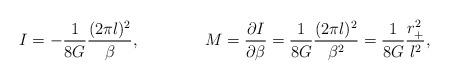
LaTeX: \begin{align*}I = - {1\over 8G} {(2\pi l)^2\over\beta}, \qquad \qquad M = {\partial I\over\partial\beta} = {1\over 8G} {(2\pi l)^2\over\beta^2} ={1\over 8G} {r_+^2\over l^2},\end{align*}